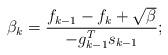
LaTeX: \begin{align*} \beta_k = \frac{f_{k-1}-f_k+\sqrt{\beta}}{-g_{k-1}^Ts_{k-1}};\end{align*}